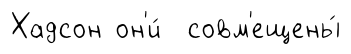
Хадсон он'и́ совм'ещены́